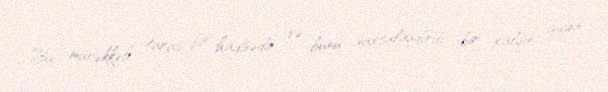
Bu, mürəkkəb tarixi bir hadisədir və bunu saxtalaşdırıb bir xalqın guya